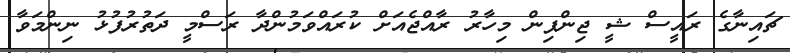
ޗައިނާގެ ރައީސް ޝީ ޖިންޕިން މިހާރު ރާއްޖެއަށް ކުރައްވަމުންދާ ރަސްމީ ދަތުރުފުޅު ނިންމަވާ